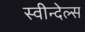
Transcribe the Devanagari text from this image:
स्वीन्देल्स